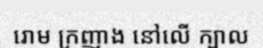
រោម ក្រញាង នៅលើ ក្បាល